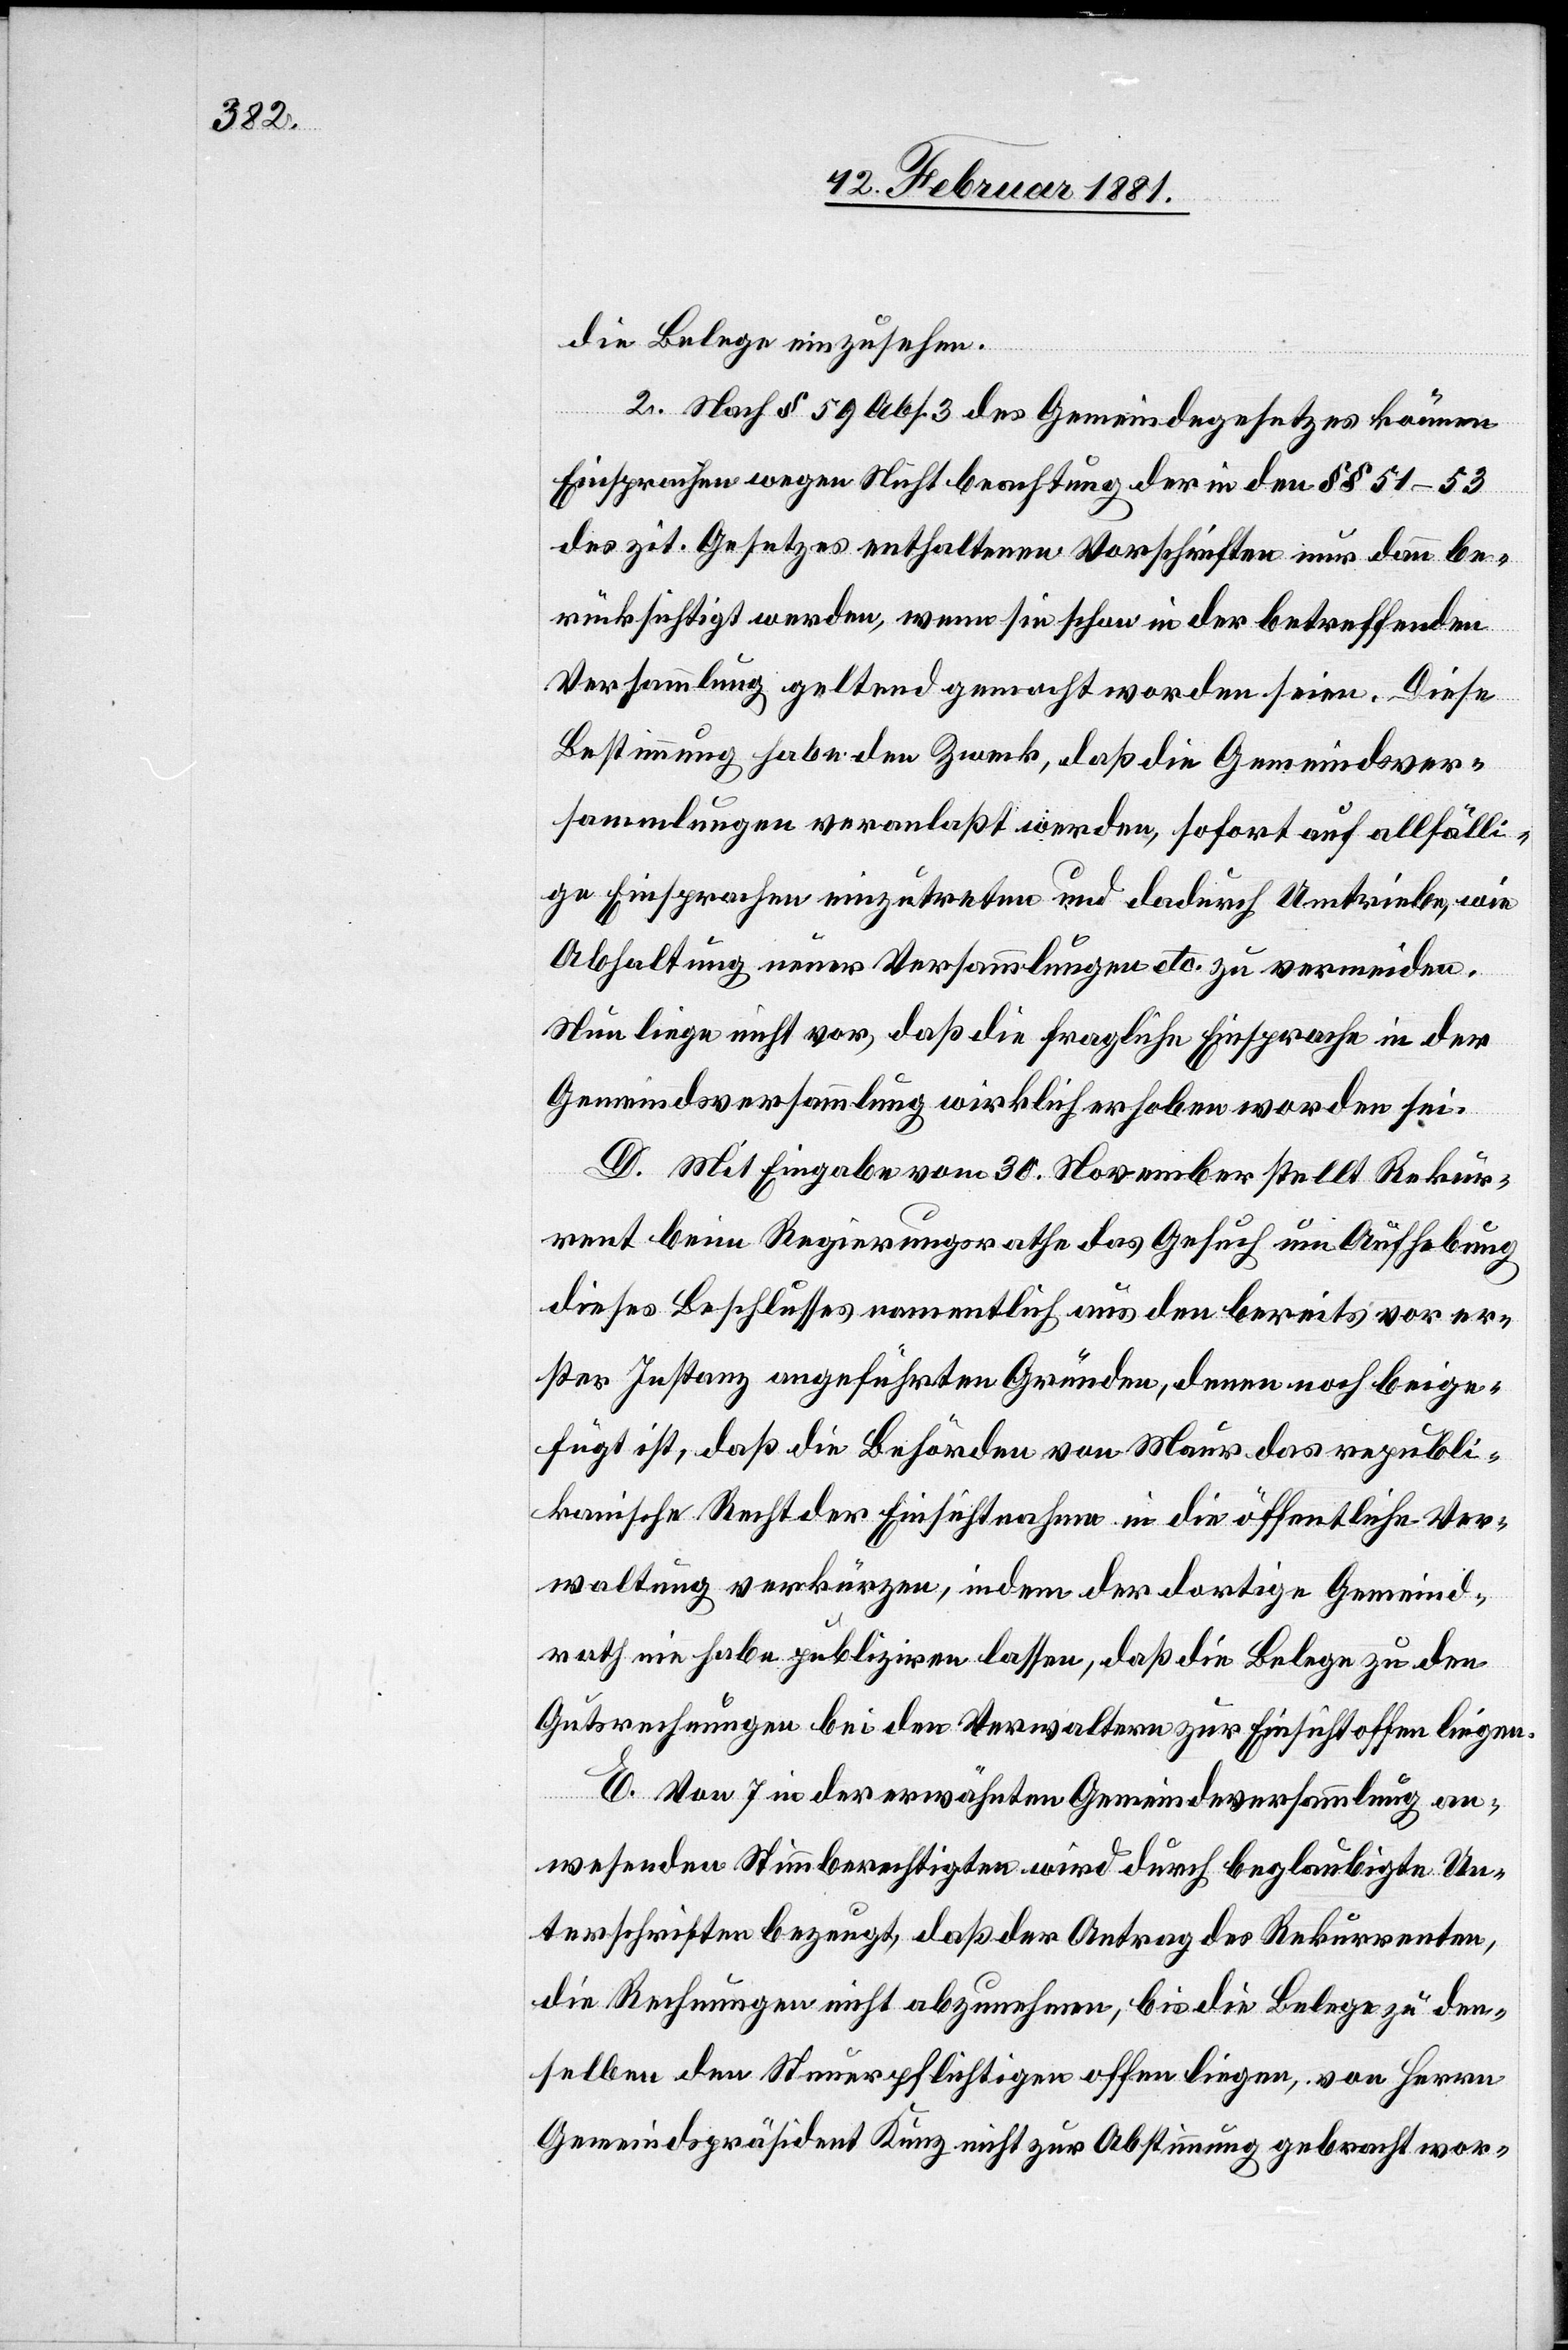
die Belege einzusehen.
2. Nach § 59 Abs. 3 des Gemeindegesetzes können
Einsprachen wegen Nichtbeachtung der in den §§ 51–53
des zit. Gesetzes enthaltenen Vorschriften nur dann be¬
rücksichtigt werden, wenn sie schon in der betreffenden
Versammlung geltend gemacht worden seien. Diese
Bestimmung habe den Zweck, daß die Gemeindsver¬
sammlungen veranlaßt werden, sofort auf allfälli¬
ge Einsprachen einzutreten und dadurch Umtriebe, wie
Abhaltung neuer Versammlungen etc. zu vermeiden.
Nun liege nicht vor, daß die fragliche Einsprache in der
Gemeindsversammlung wirklich erhoben worden sei.
D. Mit Eingabe vom 30. November stellt Rekur¬
rent beim Regierungsrathe das Gesuch um Aufhebung
dieses Beschlusses namentlich aus den bereits vor er¬
ster Instanz angeführten Gründen, denen noch beige¬
fügt ist, daß die Behörden von Maur das republi¬
kanische Recht der Einsichtnahme in die öffentliche Ver¬
waltung verkürzen, indem der dortige Gemeind¬
rath nie habe publiziren lassen, daß die Belege zu den
Gutsrechnungen bei den Verwaltern zur Einsicht offen liegen.
E. Von 7 in der erwähnten Gemeindsversammlung an¬
wesenden Stimmberechtigten wird durch beglaubigte Un¬
terschriften bezeugt, daß der Antrag des Rekurrenten,
die Rechnungen nicht abzunehmen, bis die Belege zu den¬
selben den Steuerpflichtigen offen liegen, von Herrn
Gemeindspräsident Kunz nicht zur Abstimmung gebracht wor-